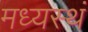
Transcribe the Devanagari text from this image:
मध्यस्थं